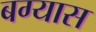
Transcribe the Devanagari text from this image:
बग्यास